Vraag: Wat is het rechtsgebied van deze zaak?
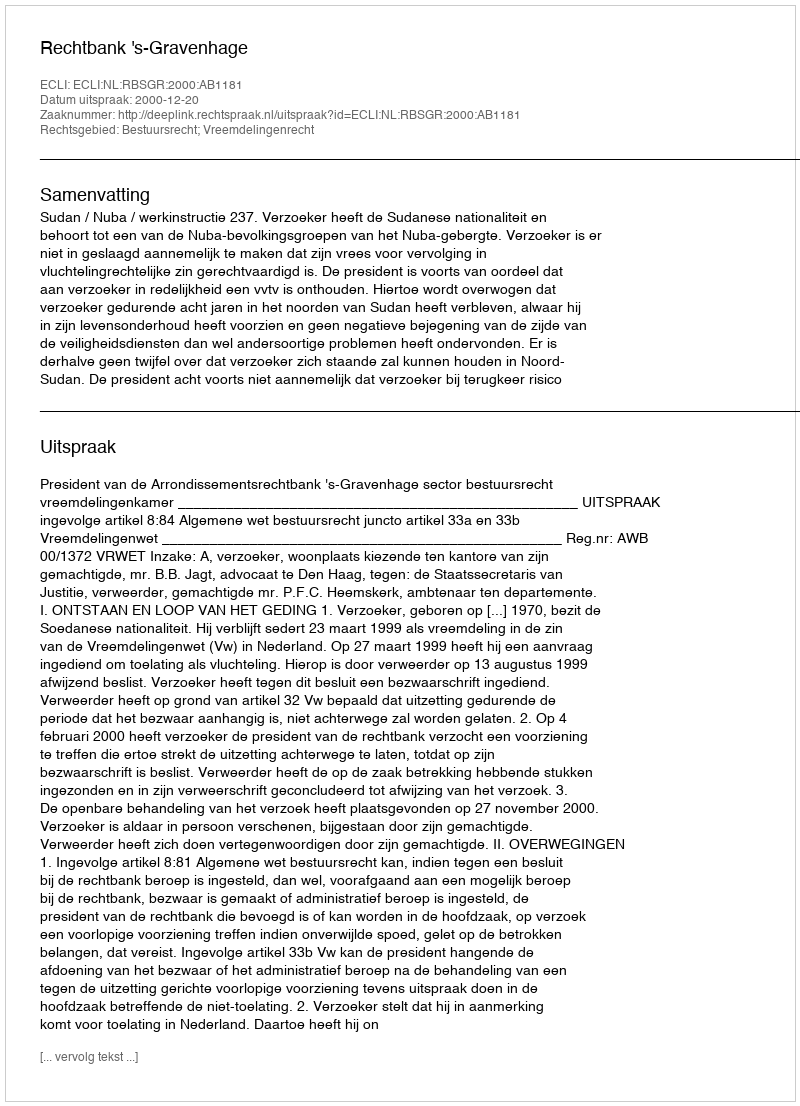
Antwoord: Bestuursrecht; Vreemdelingenrecht